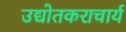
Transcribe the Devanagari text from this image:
उद्योतकराचार्य